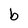
Character: b